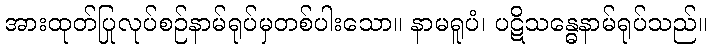
အားထုတ်ပြုလုပ်စဉ်နာမ်ရုပ်မှတစ်ပါးသော။ နာမရူပံ၊ ပဋိသန္ဓေနာမ်ရုပ်သည်။